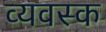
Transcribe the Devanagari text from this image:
व्यवस्क